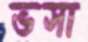
ভসা